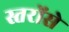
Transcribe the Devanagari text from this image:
स्तरोंसे